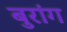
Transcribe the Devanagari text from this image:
बुरांग